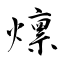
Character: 燷